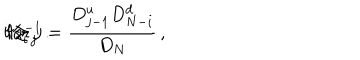
\: K _ { i \, j } ^ { - 1 } = \frac { D _ { j - 1 } ^ { u } D _ { N - i } ^ { d } } { D _ { N } } \, , \hspace { 0 . 3 c m } \mathrm { f o r } \hspace { 0 . 3 c m } i \geq j \, . \: